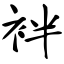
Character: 袢